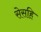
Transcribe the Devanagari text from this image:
सेसहि